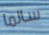
سالما